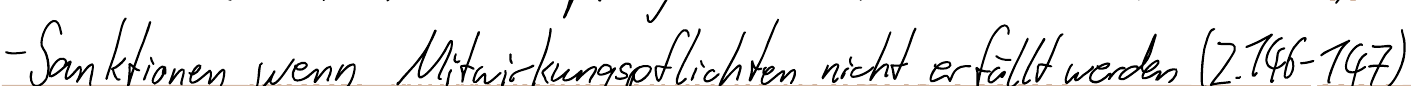
- Sanktionen wenn Mitwirkungspflichten nicht erfüllt werden (Z.146-147)